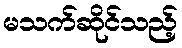
မသက်ဆိုင်သည့်